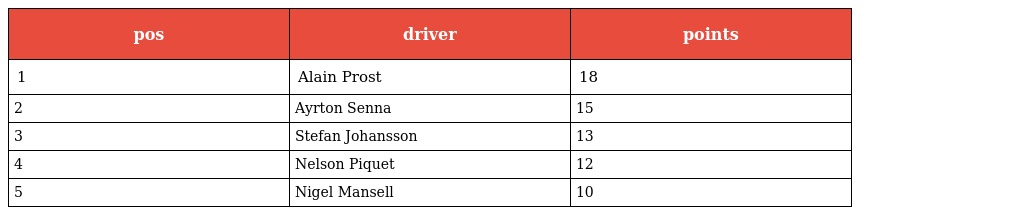
| pos | driver | points |
 | --- | --- | --- |
 | 1 | Alain Prost | 18 |
 | 2 | Ayrton Senna | 15 |
 | 3 | Stefan Johansson | 13 |
 | 4 | Nelson Piquet | 12 |
 | 5 | Nigel Mansell | 10 |